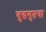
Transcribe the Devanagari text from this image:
बुद्धगुप्तचा